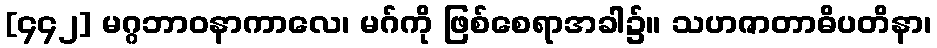
[၄၄၂] မဂ္ဂဘာဝနာကာလေ၊ မဂ်ကို ဖြစ်စေရာအခါ၌။ သဟဇာတာဓိပတိနာ၊